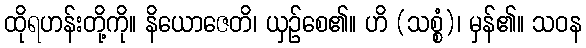
ထိုရဟန်းတို့ကို။ နိယောဇေတိ၊ ယှဉ်စေ၏။ ဟိ (သစ္စံ)၊ မှန်၏။ သဝန